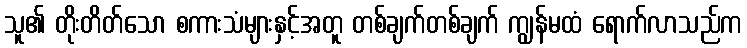
သူ၏ တိုးတိတ်သော စကားသံများနှင့်အတူ တစ်ချက်တစ်ချက် ကျွန်မထံ ရောက်လာသည်က